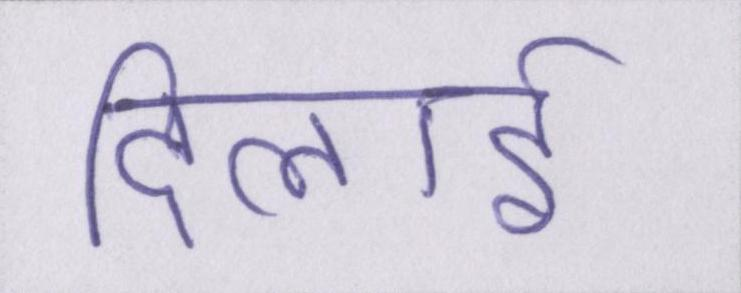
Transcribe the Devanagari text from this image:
दिलाई